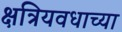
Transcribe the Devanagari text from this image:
क्षत्रियवधाच्या